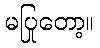
မပြုတော့။